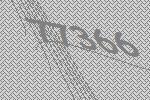
77366